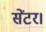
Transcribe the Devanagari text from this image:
सेंटर।